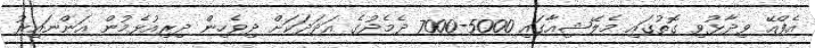
އެފްއޭ ވިދާޅުވި ގޮތުގައި މެލޭޝިއާގައި 5000-7000 ދެމެދުގެ އަދަދަކަށް ދިވެހިން ދިރިއުޅެމުން އަންނައިރު